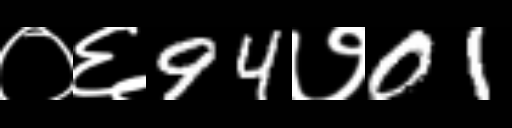
Text: ०६94७01